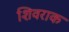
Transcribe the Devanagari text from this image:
शिवराक